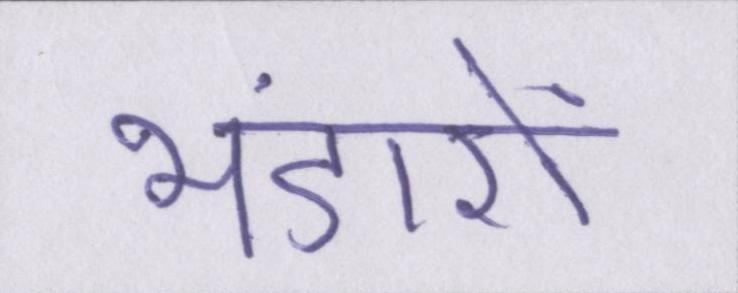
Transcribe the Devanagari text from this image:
भंडारों